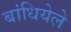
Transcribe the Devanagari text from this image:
बांधियेले